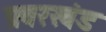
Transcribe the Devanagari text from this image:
प्रवरखंड